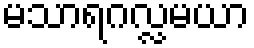
မသာရဂလ္လမယာ